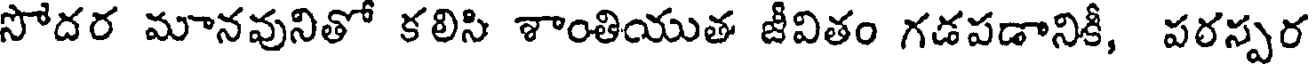
సోదర మానవునితో కలిసి శాంతియుత జీవితం గడపడానికీ, పరస్పర